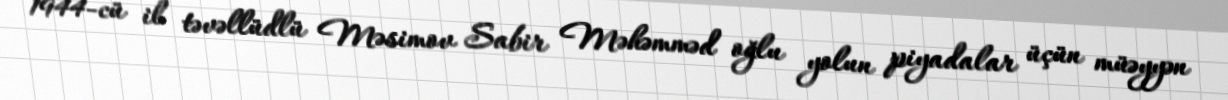
1944-cü il təvəllüdlü Məsimov Sabir Məhəmməd oğlu yolun piyadalar üçün müəyyən